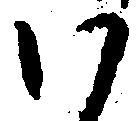
い